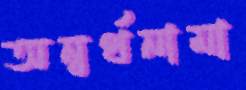
অন্বর্থনামা